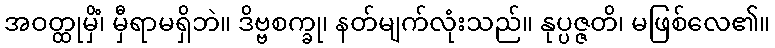
အဝတ္ထုမှိံ၊ မှီရာမရှိဘဲ။ ဒိဗ္ဗစက္ခု၊ နတ်မျက်လုံးသည်။ နုပ္ပဇ္ဇတိ၊ မဖြစ်လေ၏။